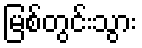
မြစ်တွင်းသွား